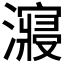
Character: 𰝠